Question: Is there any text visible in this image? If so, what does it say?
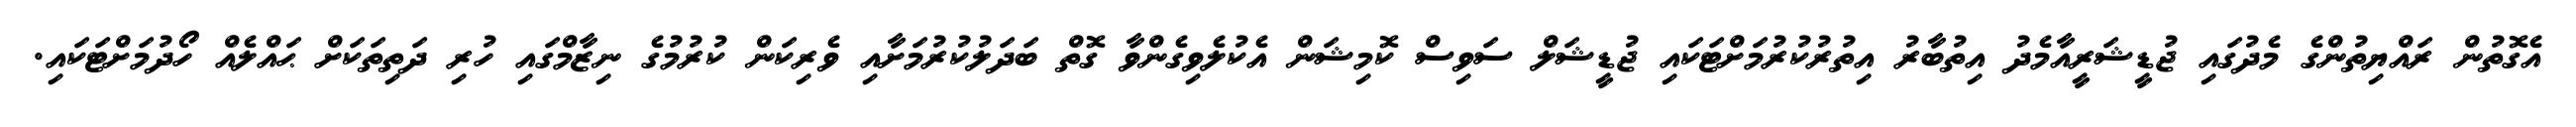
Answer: އެގޮތުން ރައްޔިތުންގެ މެދުގައި ޖުޑީޝަރީއާމެދު އިތުބާރު އިތުރުކުރުމަށްޓަކައި ޖުޑީޝަލް ސަވިސް ކޮމިޝަން އެކުލެވިގެންވާ ގޮތް ބަދަލުކުރުމަށާއި ވެރިކަން ކުރުމުގެ ނިޒާމްގައި ހުރި ދަތިތަކަށް ޙައްލެއް ހޯދުމަށްޓަކައި.